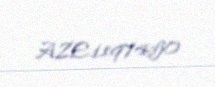
AZE1197450